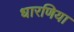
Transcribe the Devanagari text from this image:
धारणिया